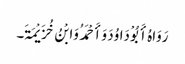
رَوَاہُ أَبُوْ دَاوُدَ وَأَحْمَدُ وَابْنُ خُزَیْمَۃَ۔